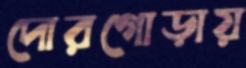
দোরগোড়ায়